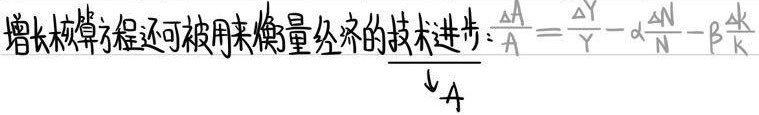
增长核算方程还可被用来衡量经济的技术进步：$\frac{\Delta A}{A}=\frac{\Delta Y}{Y}-\alpha\frac{\Delta N}{N}-\beta\frac{\Delta k}{k}$ 。